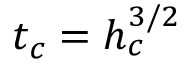
t _ { c } = h _ { c } ^ { 3 / 2 }